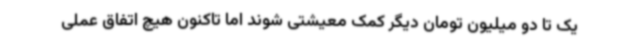
یک تا دو میلیون تومان دیگر کمک معیشتی شوند اما تاکنون هیچ اتفاق عملی